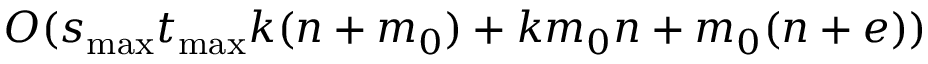
O ( s _ { \mathrm { m a x } } t _ { \mathrm { m a x } } k ( n + m _ { 0 } ) + k m _ { 0 } n + m _ { 0 } ( n + e ) )